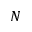
N